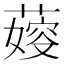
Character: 𦺋